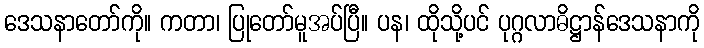
ဒေသနာတော်ကို။ ကတာ၊ ပြုတော်မူအပ်ပြီ။ ပန၊ ထိုသို့ပင် ပုဂ္ဂလာဓိဋ္ဌာန်ဒေသနာကို